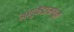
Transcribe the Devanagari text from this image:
अणुकेंद्रामधून